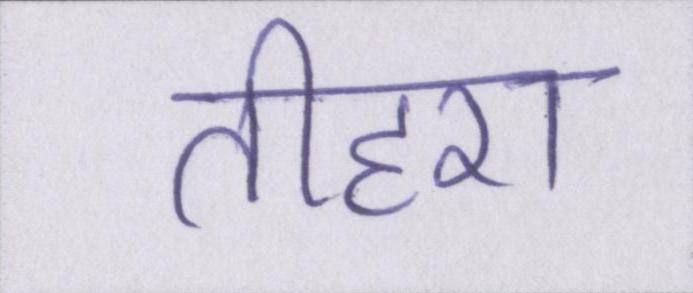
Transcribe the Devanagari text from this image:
तीहरा